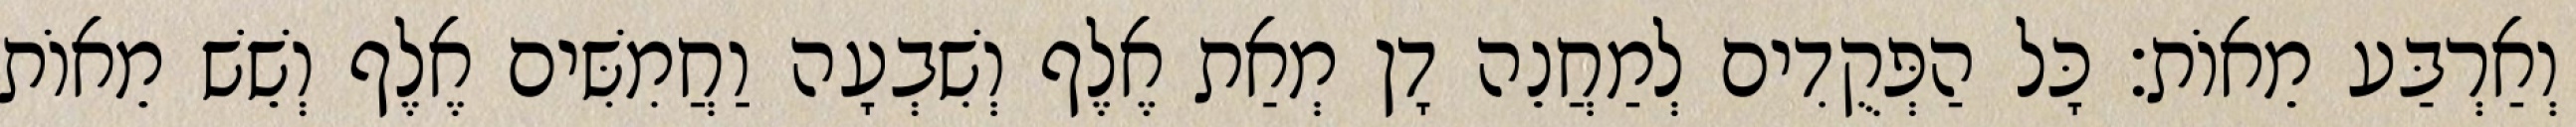
וְאַרְבַּע מֵאוֹת׃ כָּל הַפְּקֻדִים לְמַחֲנֵה דָן מְאַת אֶלֶף וְשִׁבְעָה וַחֲמִשִּׁים אֶלֶף וְשֵׁשׁ מֵאוֹת